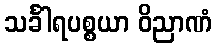
သင်္ခါရပစ္စယာ ဝိညာဏံ